Lunatic asylums Central Provinces reports 1886-1894 - 1886-1894
Year: 1886
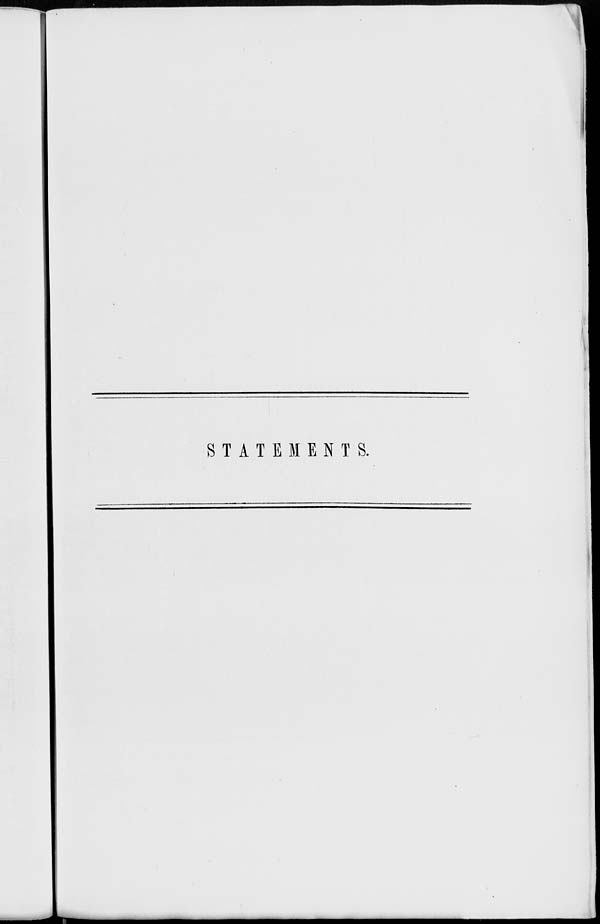
STATEMENTS.